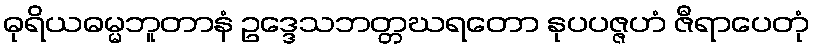
ဓုရိယဓမ္မဘူတာနံ ဥဒ္ဒေသဘတ္တဃရတော နုပပဇ္ဇဟံ ဇီရာပေတုံ